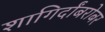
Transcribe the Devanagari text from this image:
शागिर्दांबरोबर